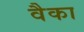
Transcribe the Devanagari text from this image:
वैका